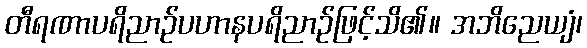
တီရဏာပရိညာဉ်ပဟာနပရိညာဉ်ဖြင့်သိ၏။ အဘိညေယျံ၊